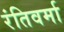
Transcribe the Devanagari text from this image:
रंतिवर्मा